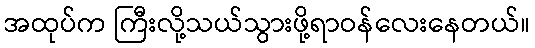
အထုပ်က ကြီးလို့သယ်သွားဖို့ရာဝန်လေးနေတယ်။